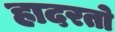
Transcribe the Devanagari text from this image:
हादरतो